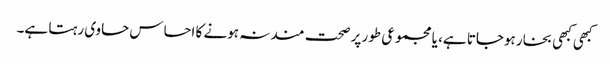
کبھی کبھی بخار ہوجاتا ہے، یا مجموعی طور پر صحت مند نہ ہونے کا احساس حاوی رہتا ہے۔